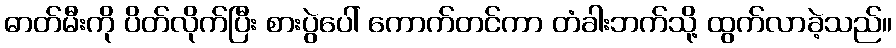
ဓာတ်မီးကို ပိတ်လိုက်ပြီး စားပွဲပေါ် ကောက်တင်ကာ တံခါးဘက်သို့ ထွက်လာခဲ့သည်။